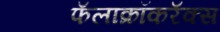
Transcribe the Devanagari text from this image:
फॅलाक्रॉकरॅक्स